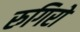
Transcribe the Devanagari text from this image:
रुगिरो